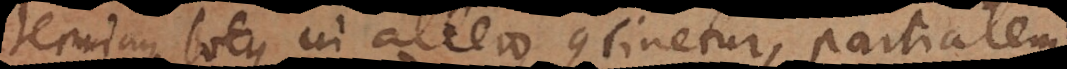
s totus in altero continetur, partialem